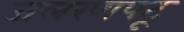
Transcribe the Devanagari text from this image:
जलरणपटू